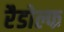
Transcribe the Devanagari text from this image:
रैडोल्फ